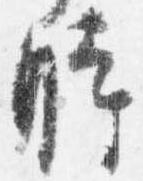
時